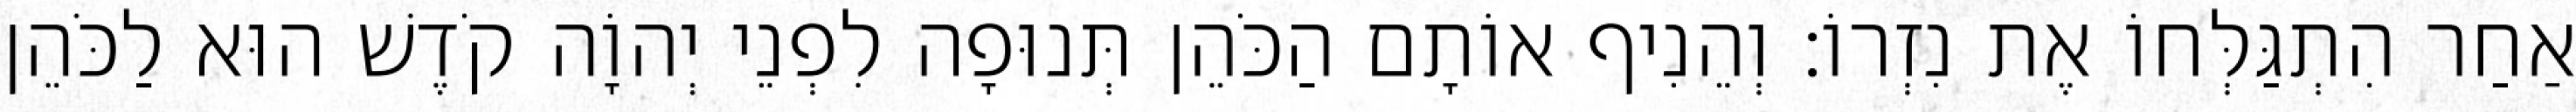
אַחַר הִתְגַּלְּחוֹ אֶת נִזְרוֹ׃ וְהֵנִיף אוֹתָם הַכֹּהֵן תְּנוּפָה לִפְנֵי יְהוָֹה קֹדֶשׁ הוּא לַכֹּהֵן